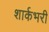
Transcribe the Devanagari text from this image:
शार्कभरी